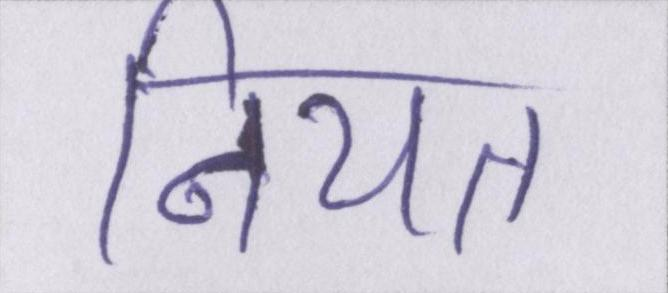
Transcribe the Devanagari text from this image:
नियत